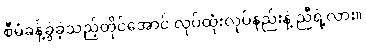
စီမံခန့်ခွဲခဲ့သည့်တိုင်အောင် လုပ်ထုံးလုပ်နည်းနဲ့ ညီရဲ့လား။